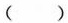
（）